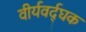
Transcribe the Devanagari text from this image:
वीर्यवर्द्घक